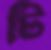
টি